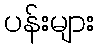
ပန်းများ